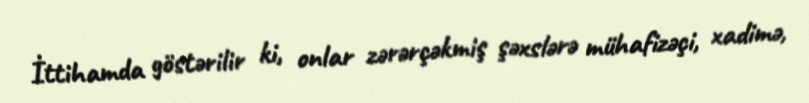
İttihamda göstərilir ki, onlar zərərçəkmiş şəxslərə mühafizəçi, xadimə,